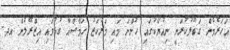
އަހަރެމެން ގަބޫލުކުރަނީ ނިއުޔޯކުގައި ހުންނަ މައި މަރުކަޒު ހަމާސްއާ ގުޅުވައި އިޒްރޭލުން އދ.